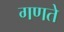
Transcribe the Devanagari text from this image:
गणते